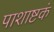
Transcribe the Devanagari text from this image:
पाशाष्टकं